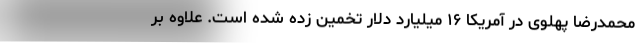
محمدرضا پهلوی در آمریکا ۱۶ میلیارد دلار تخمین زده شده است. علاوه بر